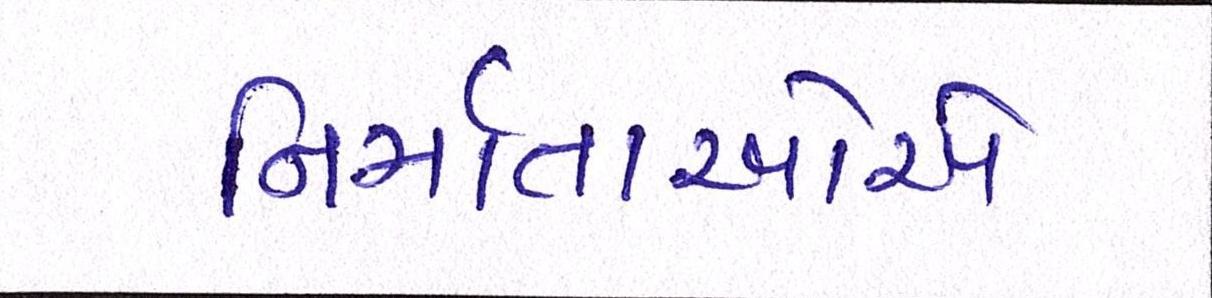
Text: નિર્માતાઓએ